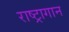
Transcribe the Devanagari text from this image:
राष्ट्रागान